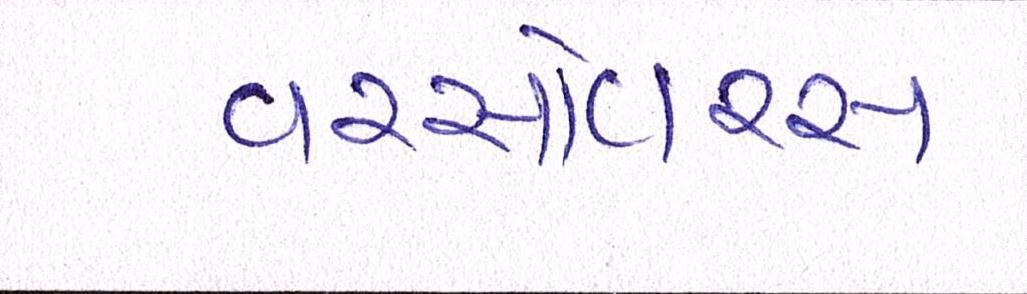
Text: વરસોવરસ